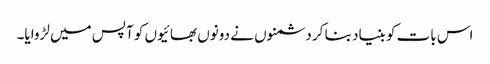
اس بات کو بنیاد بنا کر دشمنوں نے دونوں بھائیوں کو آپس میں لڑوایا۔